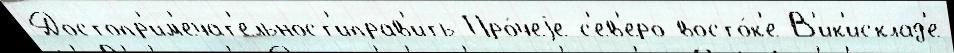
Достопр'им'ечат'ельност'иправ'ить Про́чеjе с'ев'еро-восто́к'е В'ик'исклад'е